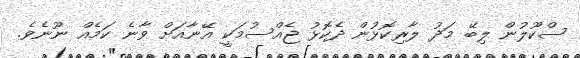
ސްކޫލުން ލިބޭ މަދު ލާރިކޮޅުން ދެކޮޅު ޖެއްސުމަކީ އޭނާއަށް ވާނެ ކަމެއް ނޫނެވެ.